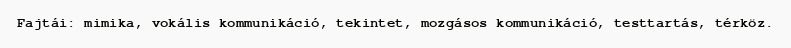
Fajtái: mimika, vokális kommunikáció, tekintet, mozgásos kommunikáció, testtartás, térköz.